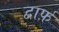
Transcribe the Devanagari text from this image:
द्वार्फ़